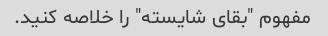
مفهوم "بقای شایسته" را خلاصه کنید.